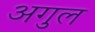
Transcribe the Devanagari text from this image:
अगुल